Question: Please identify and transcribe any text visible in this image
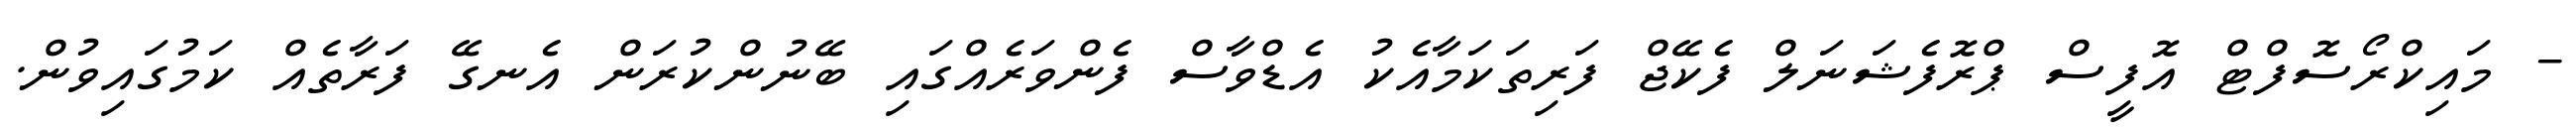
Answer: - މައިކްރޯސޮފްޓް އޮފީސް ޕްރޮފެޝަނަލް ފެކޭޖް ފަރިތަކަމާއެކު އެޑްވާސް ފެންވަރެއްގައި ބޭނުންކުރަން އެނގޭ ފަރާތެއް ކަމުގައިވުން.